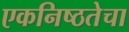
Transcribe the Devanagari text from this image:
एकनिष्ठतेचा